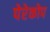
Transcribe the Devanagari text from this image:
पेरेकोप